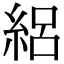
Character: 絽